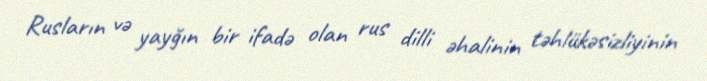
Rusların və yayğın bir ifadə olan rus dilli əhalinin təhlükəsizliyinin